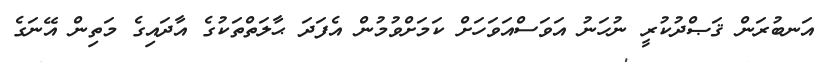
އަނބުރަން ޤަޞްދުކުރީ ނުހަނު އަވަސްއަވަހަށް ކަމަށްވުމުން އެފަދަ ޙާލަތްތަކުގެ އާދައިގެ މަތިން އޭނަގެ